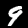
Digit: 9